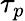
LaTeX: \tau_{p}